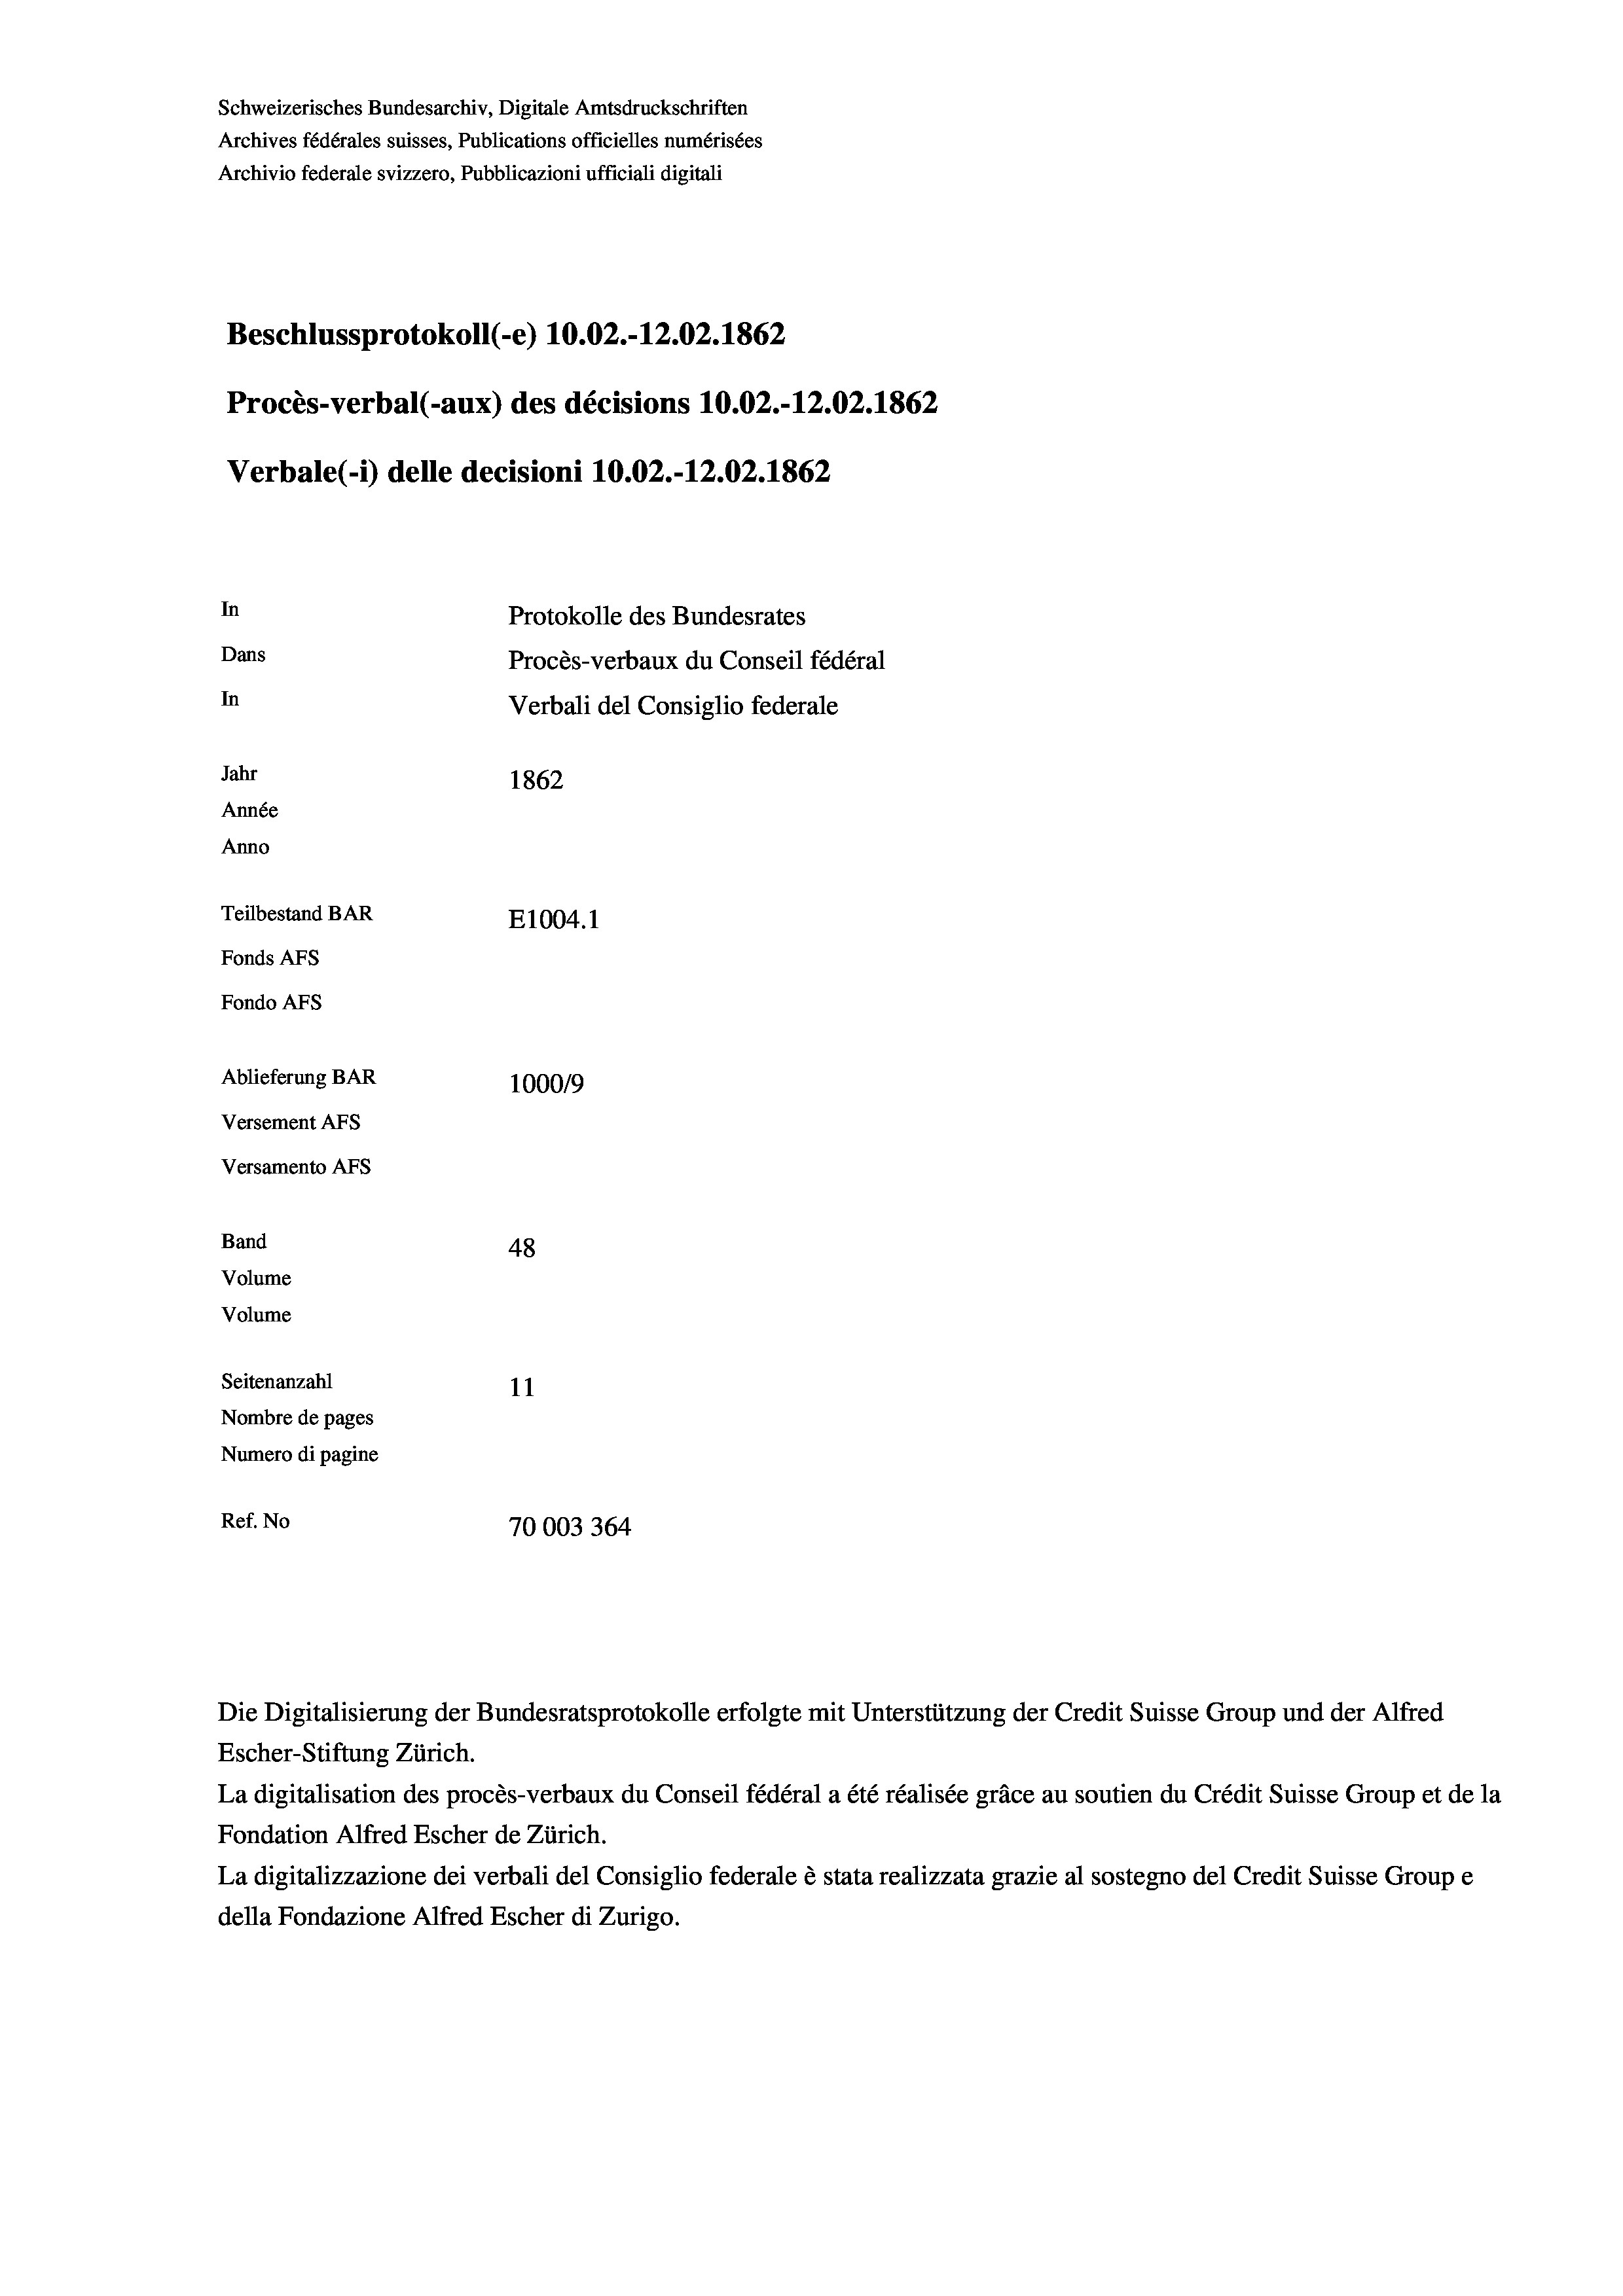
Beschlussprotokoll (-e) 10.02.-12.02. 1862
Procès-verbal (-aux) des décisions 10.02.-12.02. 1862
Verbale (- 1) delle decisioni 10.02.-12.02. 1862
In
Protokolle des Bundesrates
Dans
Procès-verbaux du Conseil fédéral
In
Verbali del Consiglio federale
Jahr
1862
Année
Anno
Teilbestand BAR
E1004. 1
Fonds AFs
Fondo AFS

Ablieferung BAR
Versement AFs
Versamento AFs
Band
Volume
Volume
Seitenanzahl

Schweizerisches Bundesarchiv, Digitale Amtsdruckschriften
Archives fédérales suisses, Publications officielles numérisées
Archivio federale svizzero, Pubblicazioni ufficiali digitali

100019
48
11
Nombre de pages
Numero di pagine
Ref. No
70003364

Escher-Stiftung Zürich.
La digitalisation des procès-verbaux du Conseil fédéral a été réalisée gräce au soutien du Crédit Suisse Group et de la
Fondation Alfred Escher de Zürich.
La digitalizzazione dei verbali del Consiglio federale è stata realizzata grazie al sostegno del Credit Suisse Groupe
della Fondazione Alfred Escher di Zurigo.

Die Digitalisierung der Bundesratsprotokolle erfolgte mit Unterstützung der Credit Suisse Group und der Alfred